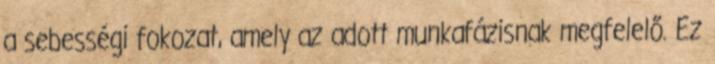
a sebességi fokozat, amely az adott munkafázisnak megfelelő. Ez